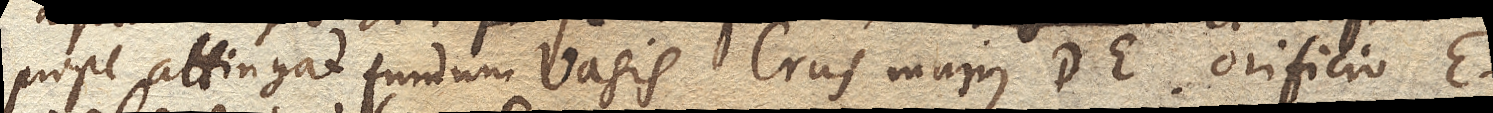
prope attingat fundum vasis. Crus majus DE. orificio E.